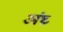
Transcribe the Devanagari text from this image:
अंघ्र